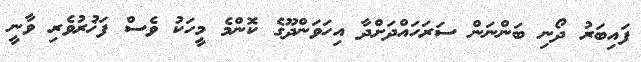
ފައިބަރު ދޯނި ބަންނަން ސަރަހައްދަށްދާ އިހަވަންދޫގެ ކޮންމެ މީހަކު ވެސް ފަޚުރުވެރި ވާނީ